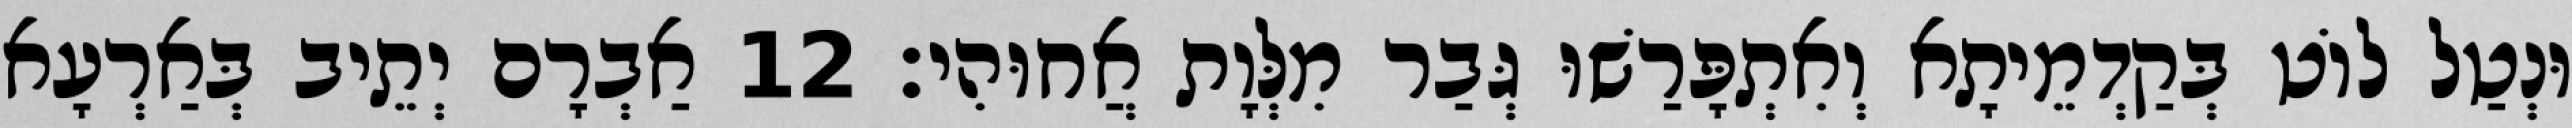
וּנְטַל לוֹט בְּקַדְמֵיתָא וְאִתְפָּרַשׁוּ גְּבַר מִלְּוָת אֲחוּהִי׃ 12 אַבְרָם יְתֵיב בְּאַרְעָא